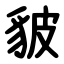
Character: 䝛